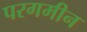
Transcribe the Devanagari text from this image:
परगमीन